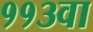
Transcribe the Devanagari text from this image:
११३वा